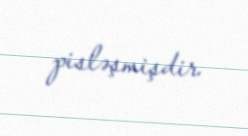
pisləşmişdir.